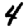
Digit: 4